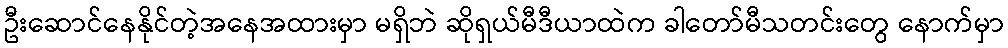
ဦးဆောင်နေနိုင်တဲ့အနေအထားမှာ မရှိဘဲ ဆိုရှယ်မီဒီယာထဲက ခါတော်မီသတင်းတွေ နောက်မှာ